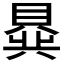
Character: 𬥟